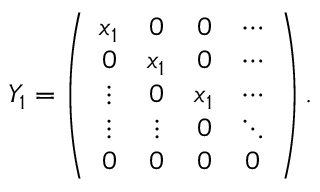
Y _ { 1 } = \left( \begin{array} { c c c c } { { x _ { 1 } } } & { { 0 } } & { { 0 } } & { { \cdots } } \\ { { 0 } } & { { x _ { 1 } } } & { { 0 } } & { { \cdots } } \\ { { \vdots } } & { { 0 } } & { { x _ { 1 } } } & { { \cdots } } \\ { { \vdots } } & { { \vdots } } & { { 0 } } & { { \ddots } } \\ { { 0 } } & { { 0 } } & { { 0 } } & { { 0 } } \end{array} \right) .